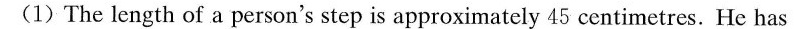
(1)The length of a person's step is approximately 45 centimetres. He has